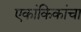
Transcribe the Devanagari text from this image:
एकांकिकांचा